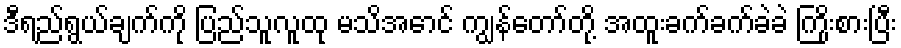
ဒီရည်ရွယ်ချက်ကို ပြည်သူလူထု မသိအောင် ကျွန်တော်တို့ အထူးခက်ခက်ခဲခဲ ကြိုးစားပြီး